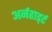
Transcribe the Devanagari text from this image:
अर्नहार्ड्ट